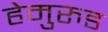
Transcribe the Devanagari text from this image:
हेमुरुड